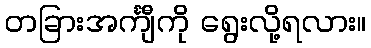
တခြားအင်္ကျီကို ရွေးလို့ရလား။